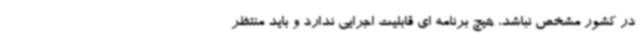
در کشور مشخص نباشد، هیچ برنامه ای قابلیت اجرایی ندارد و باید منتظر